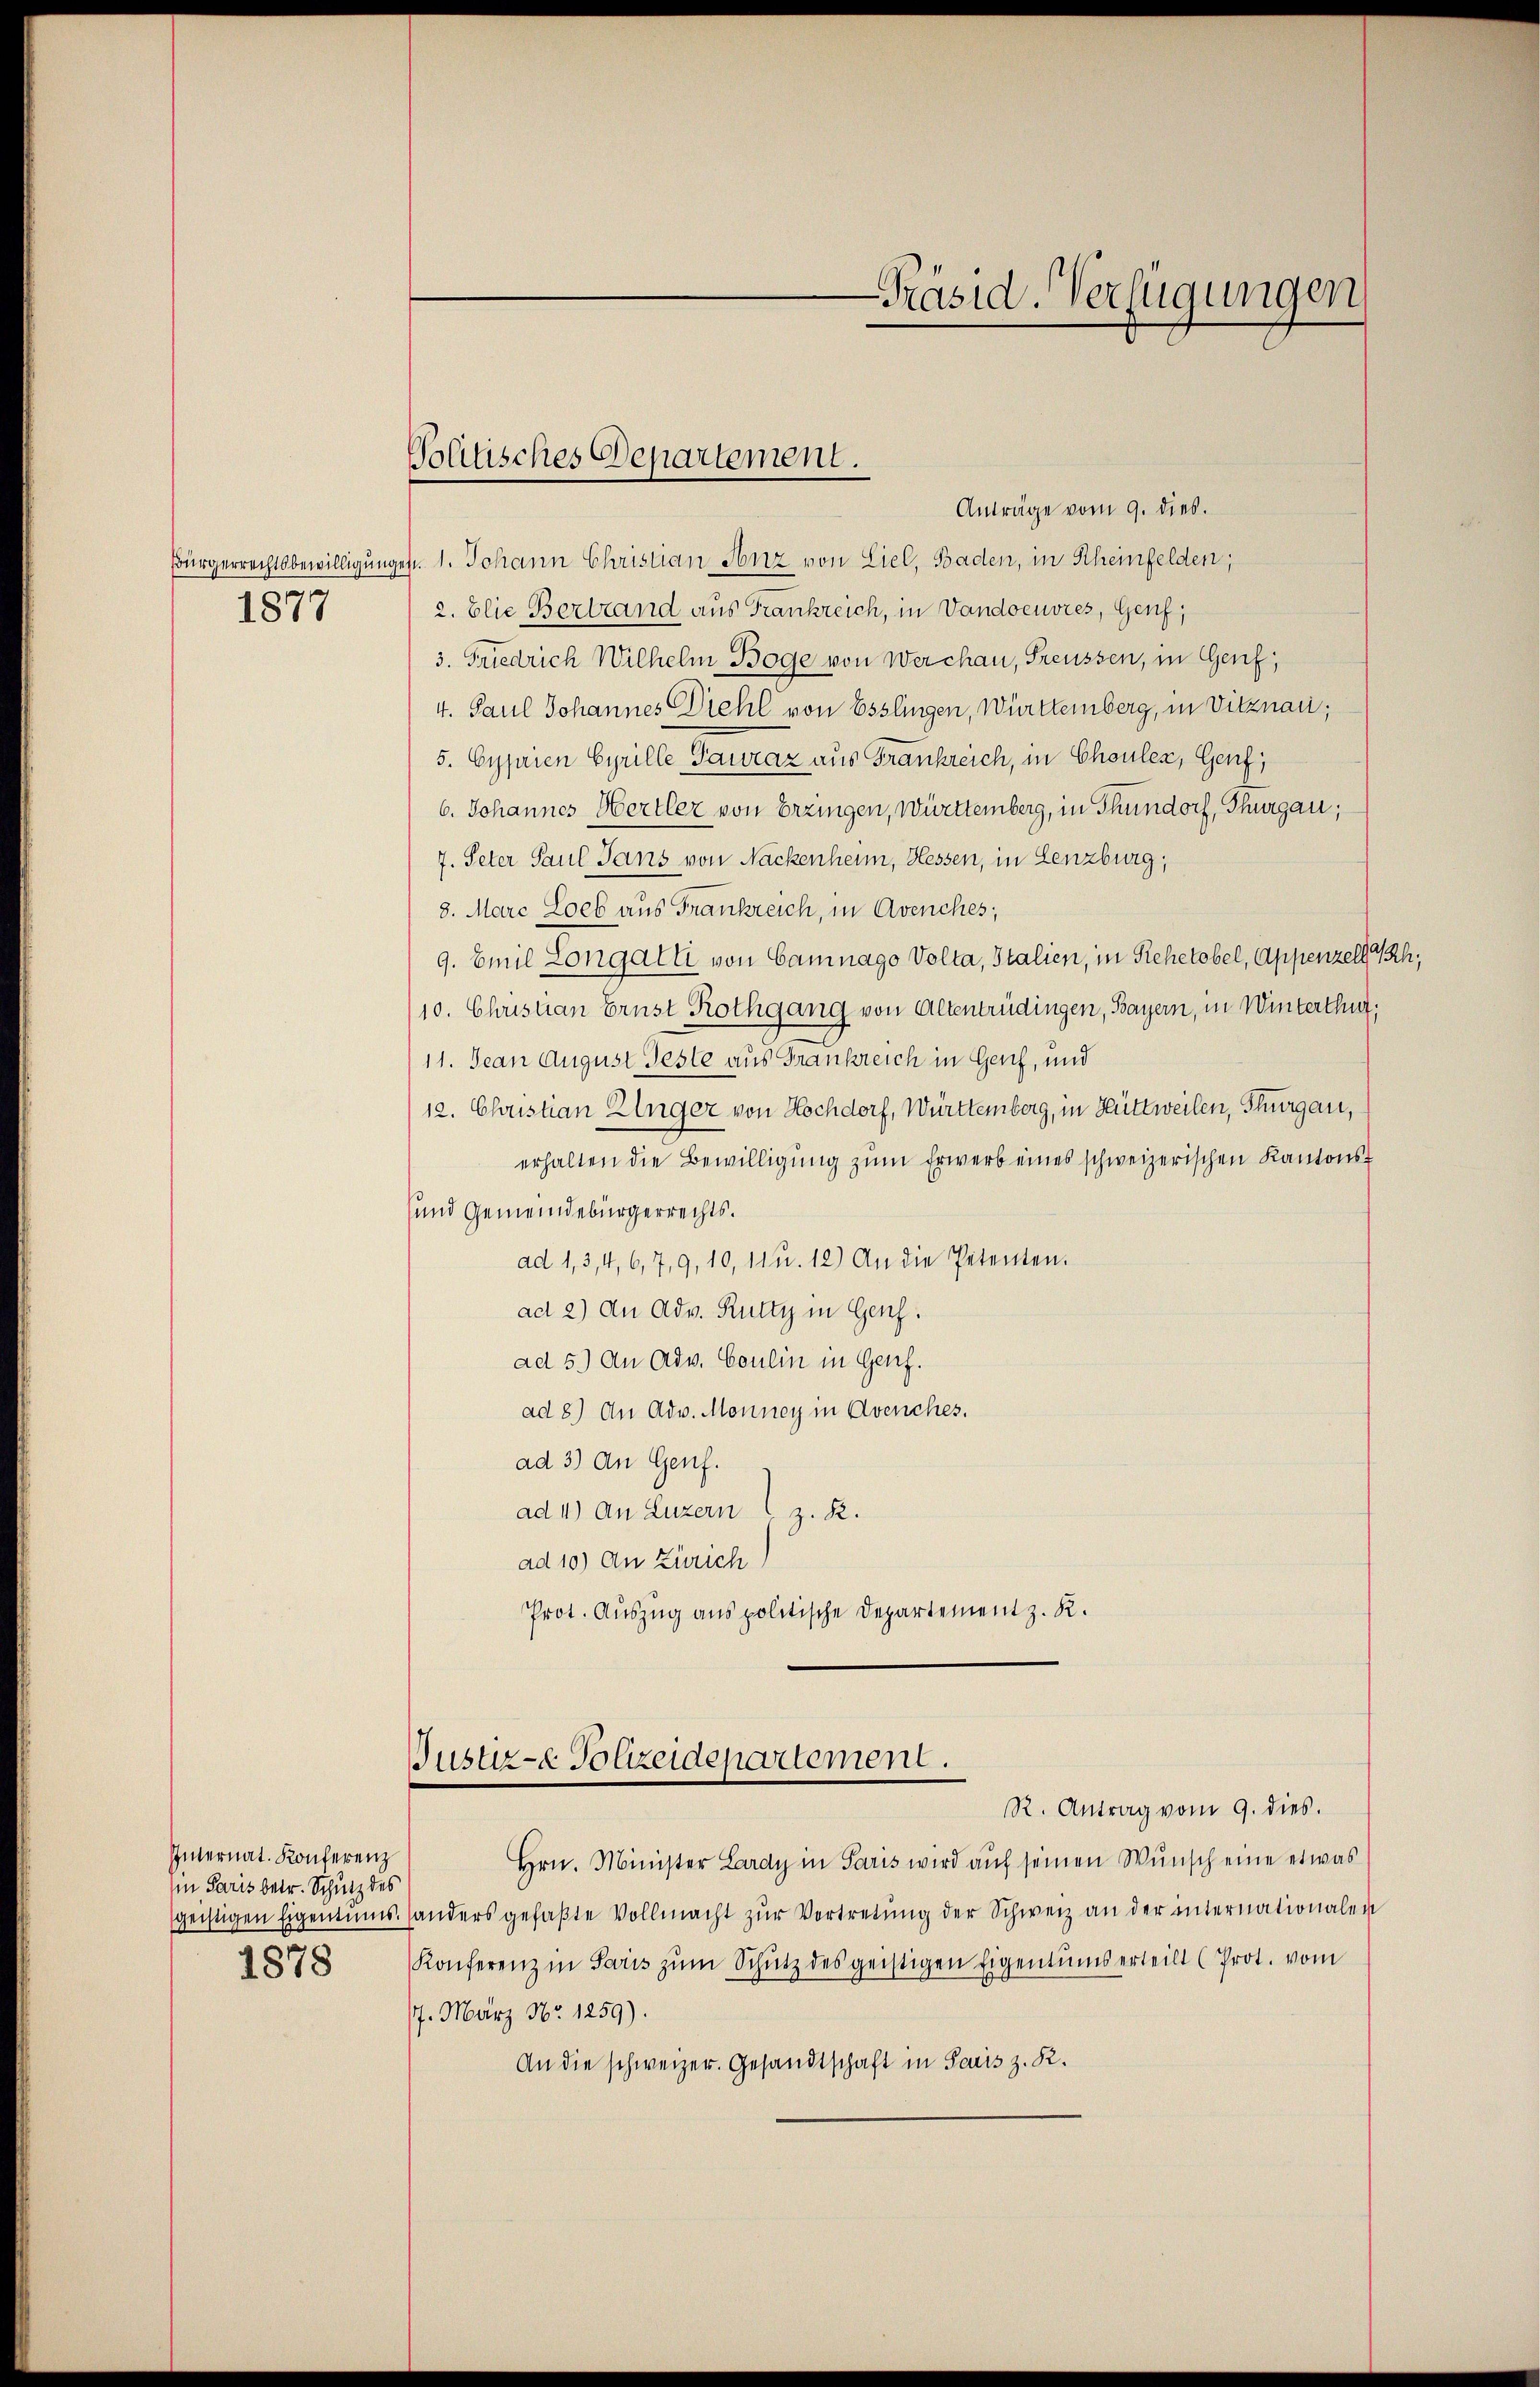
Bürgerrechtsbewilligung
1877

Internat. Konferenz
(in Paris betr. Schutz des
1878

Volitisches Departement.

Anträge vom 9. dies.
 1. Johann Christian Henz von Liel, Baden, in Rheinfelden,
2. Elie Bertrand aus Frankreich, in Vandoeuvres, Genf,
3. Friedrich Wilhelm Boge von Werchau, Freussen, in Genf,
4. Paul Johannes Diehl von Esslingen, Württemberg, in Vitznau;
5. Cyprien Cyrille Gawraz aus Frankreich, in Chouler, Genf,
6. Johannes Hertler von Erzingen, Württemberg, in Thundorf, Thurgau,
7. Peter Paul Jans von Nackenheim, Hessen, in Lenzburg,
8. Marc Loeb aus Frankreich, in Avenches,
9. Emil Longatti von Camnago Volta, Italien, in Rehetobel, Appenzell Th
/10. Christian Ernst Rothgang von Altentrüdingen, Bayern, in Winterthut:
11. Jean August Geste aus Frankreich in Genf, und
12. Christian Zinger von Hochdorf, Württemberg, in Hüttweilen, Thurgau,
erhalten die Bewilligŭng zŭm Erwerb eines schweizerischen Kantons-
und Gemeindebürgerrechts.
ad 1,3,4, 6, 7, 9, 10, 11 u. 12) An die Petenten.
ad 2) An Adv. Rutty in Genf.
ad 5.) An Adv. Coulin in Genf.
ad 8.) An Adv. Monney in Avenches.
ad 3) An Genf.
ad 4) An Luzern z. R.
ad 10) An Zürich)
Prot. Auszug aus politische Departement z. R.

Justiz-e Polizeidepartement.

Präsid. Verfügungen

R. Antrag vom 9. dies.
Hrn. Minister Lardy in Paris wird auf seinen Wŭnsch eine etwas
geistigen Eigentums anders gefaßte Vollmacht zŭr Vertretung der Schweiz an der internationalen
Konferenz in Saris zŭm Schutz des geistigen Eigentumserteilt (Prot. vom
7. März Nr. 1259).
An die schweizer. Gesandtschaft in Seis z. R.